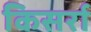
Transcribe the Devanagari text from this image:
किसर्रा